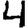
Digit: 4